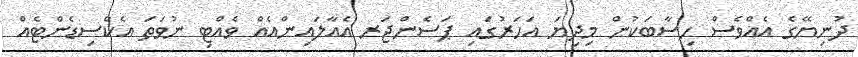
ދުނިޔޭގެ އެއްވެސް ހިސާބަކުން މިދިޔަ އަހަރުގައި ޕަސެންޖަރ އެއާލައިންއެއް ވެއްޓި ނުވަތަ އެކްސިޑެންޓެއް